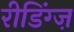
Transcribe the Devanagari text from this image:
रीडिंग्ज़